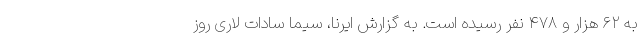
به ۶۲ هزار و ۴۷۸ نفر رسیده است. به گزارش ایرنا، سیما سادات لاری روز